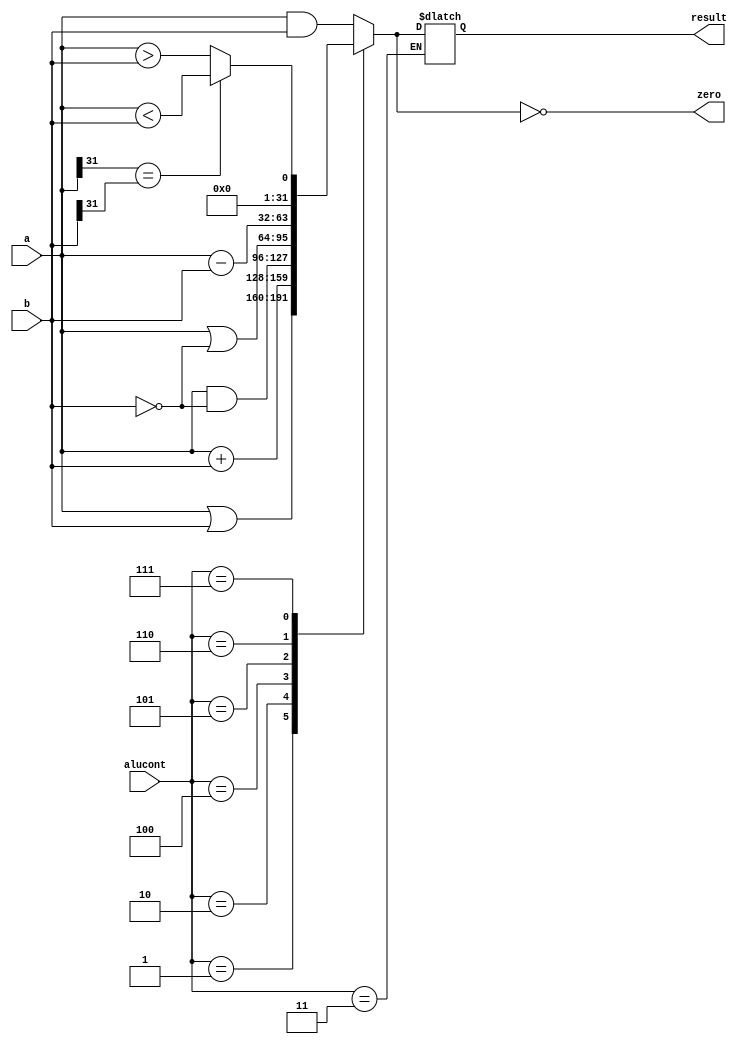
`timescale 1ns / 1ps
//////////////////////////////////////////////////////////////////////////////////
// Company: 
// 
// Design Name: 
// Module Name: ALU
// Project Name: 
// Target Devices: 
// Tool Versions: 
// Description: 
// 
// Dependencies: 
// 
// Revision:
// Revision 0.01 - File Created
// Additional Comments:
// 
//////////////////////////////////////////////////////////////////////////////////


module ALU(
    input [31:0] a,b,
    input [2:0] alucont,
    output reg [31:0] result,
    output reg zero
    );
    
    always@(*)
    begin
        case(alucont)
        3'b000:result=a&b;
        3'b001:result=a|b;
        3'b010:result=a+b;
        3'b011:result=result;
        3'b100:result=a&~b;
        3'b101:result=a|~b;
        3'b110:result=a-b;
        3'b111:result=a[31]==b[31]?a<b:a>b;
        endcase
        zero=!result;
    end
    
endmodule